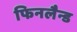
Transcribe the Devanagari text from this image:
फिनलैन्ड